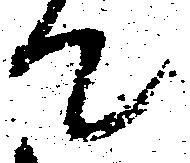
て